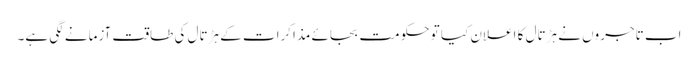
اب تاجروں نے ہڑتال کا اعلان کیا تو حکومت بجائے مذاکرات کے ہڑتال کی طاقت آزمانے لگی ہے۔